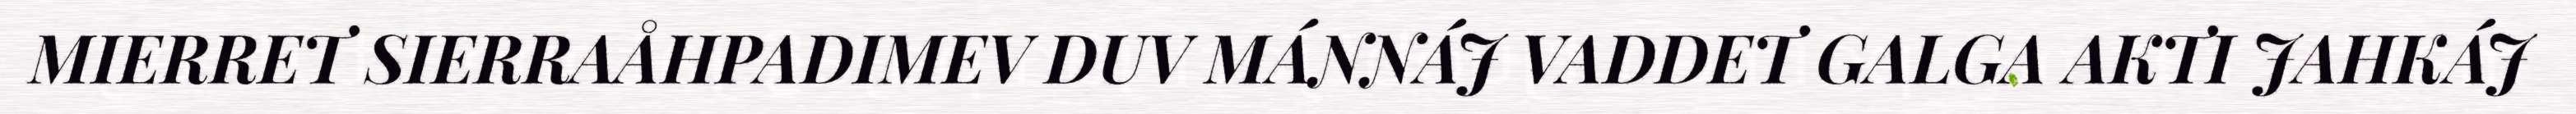
MIERRET SIERRAÅHPADIMEV DUV MÁNNÁJ VADDET GALGA AKTI JAHKÁJ